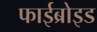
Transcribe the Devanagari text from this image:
फाईब्रोइड